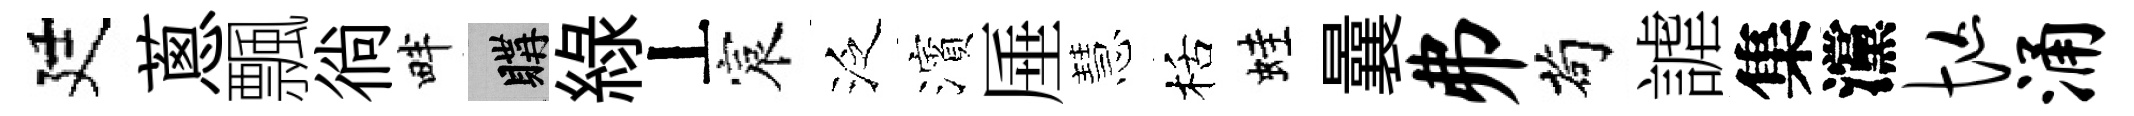
廷蔥飄徜畔購綠丄宸泛濱厜慧栝蛙曩弗茍謔集灙忙涌